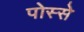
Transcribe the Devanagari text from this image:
पोस्से